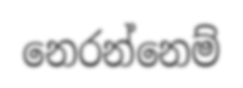
නෙරන්නෙම්